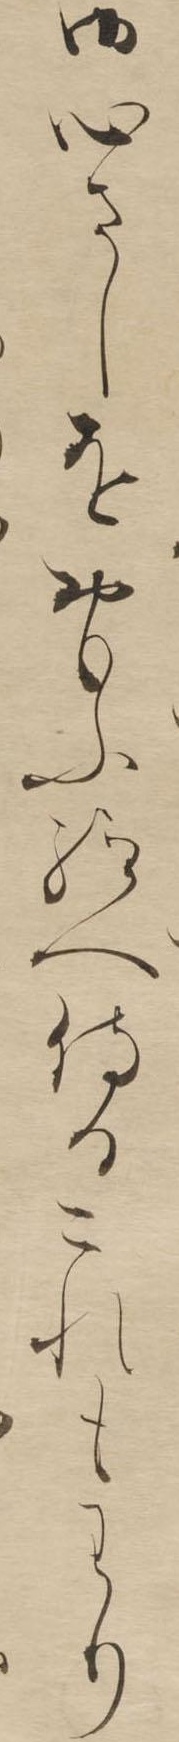
御心さしをおもふ給へ侍るこれもわり